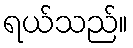
ရယ်သည်။